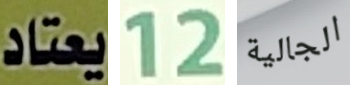
يعتاد 12 الجالية